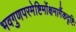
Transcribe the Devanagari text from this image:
भवगुणपरमेष्टिर्मोक्षमार्गैकदृष्टिः